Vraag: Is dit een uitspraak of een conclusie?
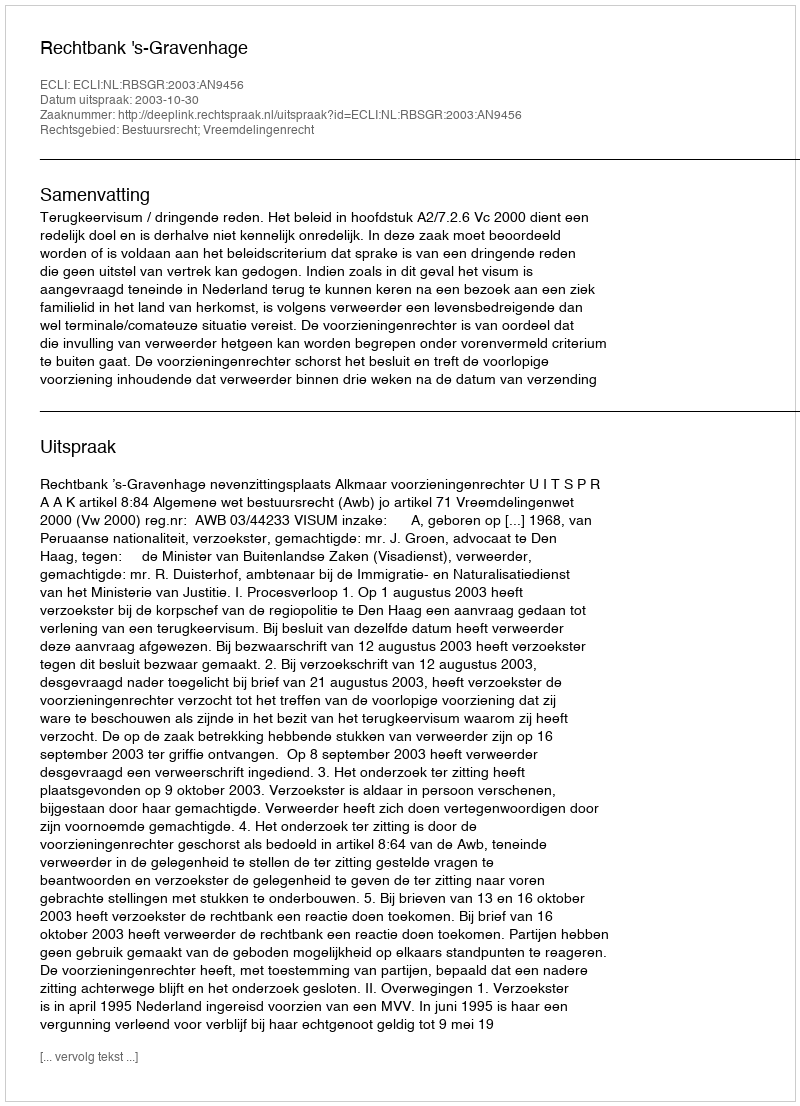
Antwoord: Uitspraak